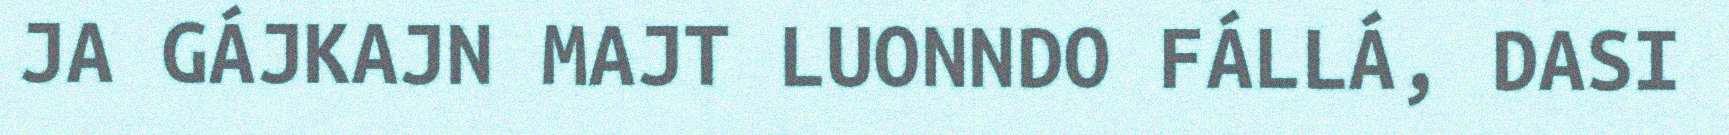
JA GÁJKAJN MAJT LUONNDO FÁLLÁ, DASI